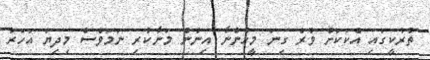
ތުރުކީގައި އެކަކަށް ވުރެ ގިނަ މީހުންނާ އިނުން މަނާކުރި ނަމަވެސް މިދިޔަ އަހަރު